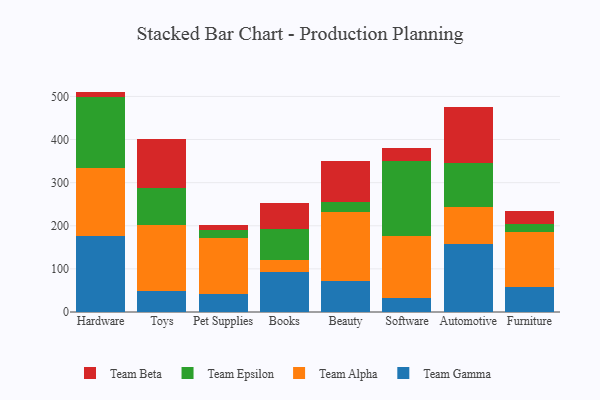
{"axis": {"x": "Category", "y": "Population (Million)"}, "legend": ["Team Alpha", "Team Beta", "Team Epsilon", "Team Gamma"], "data": [{"x": "Hardware", "y": 177.3, "type": "Team Gamma"}, {"x": "Hardware", "y": 155.8, "type": "Team Alpha"}, {"x": "Hardware", "y": 165.7, "type": "Team Epsilon"}, {"x": "Hardware", "y": 12.4, "type": "Team Beta"}, {"x": "Toys", "y": 49.8, "type": "Team Gamma"}, {"x": "Toys", "y": 153.1, "type": "Team Alpha"}, {"x": "Toys", "y": 84.3, "type": "Team Epsilon"}, {"x": "Toys", "y": 114.5, "type": "Team Beta"}, {"x": "Pet Supplies", "y": 41.1, "type": "Team Gamma"}, {"x": "Pet Supplies", "y": 131.5, "type": "Team Alpha"}, {"x": "Pet Supplies", "y": 16.6, "type": "Team Epsilon"}, {"x": "Pet Supplies", "y": 13.7, "type": "Team Beta"}, {"x": "Books", "y": 92.6, "type": "Team Gamma"}, {"x": "Books", "y": 28.9, "type": "Team Alpha"}, {"x": "Books", "y": 71.1, "type": "Team Epsilon"}, {"x": "Books", "y": 59.7, "type": "Team Beta"}, {"x": "Beauty", "y": 70.9, "type": "Team Gamma"}, {"x": "Beauty", "y": 162.2, "type": "Team Alpha"}, {"x": "Beauty", "y": 22.4, "type": "Team Epsilon"}, {"x": "Beauty", "y": 93.9, "type": "Team Beta"}, {"x": "Software", "y": 33.6, "type": "Team Gamma"}, {"x": "Software", "y": 143.3, "type": "Team Alpha"}, {"x": "Software", "y": 174.5, "type": "Team Epsilon"}, {"x": "Software", "y": 29.4, "type": "Team Beta"}, {"x": "Automotive", "y": 158.1, "type": "Team Gamma"}, {"x": "Automotive", "y": 86.2, "type": "Team Alpha"}, {"x": "Automotive", "y": 102.1, "type": "Team Epsilon"}, {"x": "Automotive", "y": 128.0, "type": "Team Beta"}, {"x": "Furniture", "y": 58.3, "type": "Team Gamma"}, {"x": "Furniture", "y": 127.1, "type": "Team Alpha"}, {"x": "Furniture", "y": 18.5, "type": "Team Epsilon"}, {"x": "Furniture", "y": 31.0, "type": "Team Beta"}]}